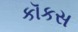
કૉકસ